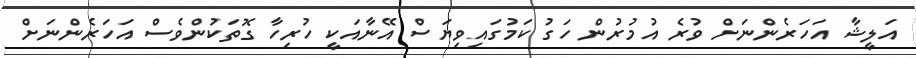
އަލީޝާ އަހަރެންނަށް ވުރެ އުމުރުން ހަގު ކަމުގައިވިޔަސް އޭނާއަކީ ހުރިހާ ގޮތަކުންވެސް އަހަރެންނަށް